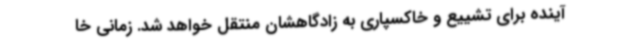
آینده برای تشییع و خاکسپاری به زادگاهشان منتقل خواهد شد. زمانی خا